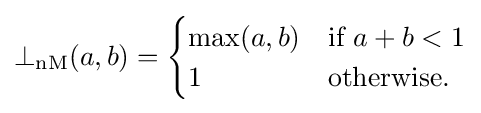
\bot _{\mathrm {nM} }(a,b)={\begin{cases}\max(a,b)&{\mbox{if }}a+b<1\\1&{\mbox{otherwise.}}\end{cases}}